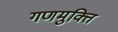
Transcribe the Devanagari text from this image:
गणमुक्ति